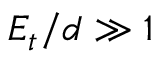
E _ { t } / d \gg 1